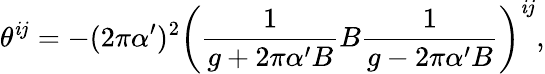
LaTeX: \theta^{\mathit{i}j}=-(2\pi\alpha^{\prime})^{2}\left(\frac{{1}}{{g+2\pi\alpha^{\prime}B}}B\frac{{1}}{{g-2\pi\alpha^{\prime}B}}\right)^{\mathit{i}j},